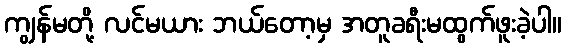
ကျွန်မတို့ လင်မယား ဘယ်တော့မှ အတူခရီးမထွက်ဖူးခဲ့ပါ။